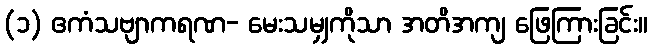
(၁) ဧကံသဗျာကရဏ- မေးသမျှကိုသာ အတိအကျ ဖြေကြားခြင်း။